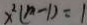
x ^ { 2 } ( m - 1 ) = 1